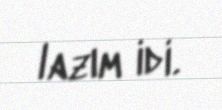
lazım idi.